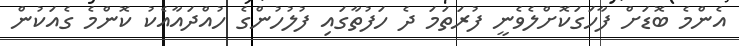
އެންމެ ބޮޑަށް ފާހަގަކޮށްލެވެނީ ފުރަތަމަ ދެ ހަފުތާގައި ފުލުހުންގެ ހުއްދައާއެކު ކޮންމެ ގެއަކުން